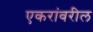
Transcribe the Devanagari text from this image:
एकरांवरील